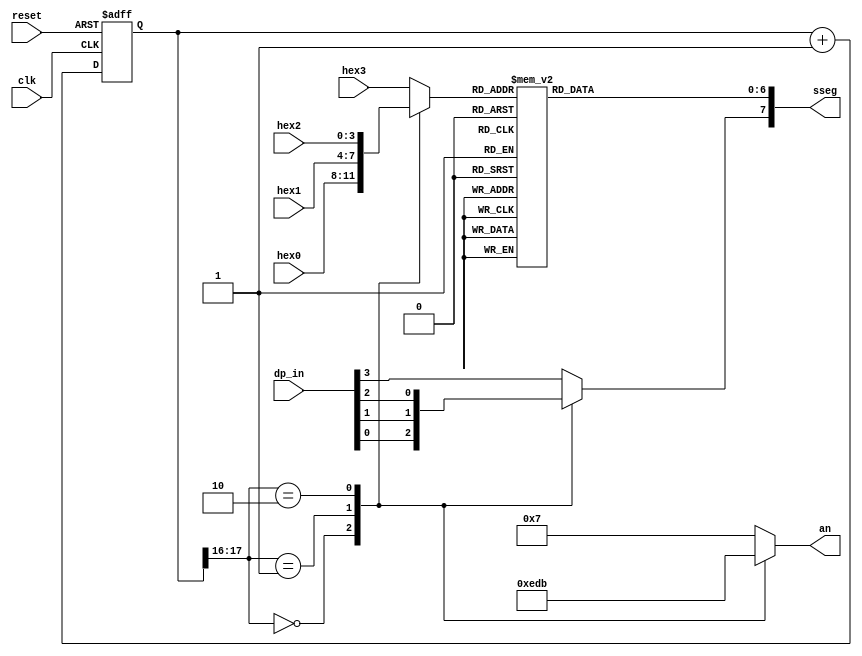
`timescale 1ns / 1ps
//////////////////////////////////////////////////////////////////////////////////
// Company: 
// Engineer: 
// 
// Design Name: 
// Module Name:    hex_disp 
// Project Name: 
// Target Devices: 
// Tool versions: 
// Description: 
//
// Dependencies: 
//
// Revision: 
// Revision 0.01 - File Created
// Additional Comments: 
//
//////////////////////////////////////////////////////////////////////////////////
module hex_disp (
    input wire clk, reset,
    input wire [3:0] hex3, hex2, hex1, hex0,  // hex digits
    input wire [3:0] dp_in,             // 4 decimal points
    output reg [3:0] an,  // enable 1-out-of-4 asserted low
    output reg [7:0] sseg // led segments
   );

   // constant declaration
   // refreshing rate around 800 Hz (50 MHz/2^16)
   localparam N = 18;
   // internal signal declaration
   reg [N-1:0] q_reg;
   wire [N-1:0] q_next;
   reg [3:0] hex_in;
   reg dp;

   // N-bit counter
   // register
   always @(posedge clk, posedge reset)
      if (reset)
         q_reg <= 0;
      else
         q_reg <= q_next;

   // next-state logic
   assign q_next = q_reg + 1;

   // 2 MSBs of counter to control 4-to-1 multiplexing
   // and to generate active-low enable signal
   always @*
      case (q_reg[N-1:N-2])
         2'b00:
            begin
               an =  4'b1110;
               hex_in = hex0;
               dp = dp_in[0];
            end
         2'b01:
            begin
               an =  4'b1101;
               hex_in = hex1;
               dp = dp_in[1];
            end
         2'b10:
            begin
               an =  4'b1011;
               hex_in = hex2;
               dp = dp_in[2];
            end
         default:
            begin
               an =  4'b0111;
               hex_in = hex3;
               dp = dp_in[3];
            end
       endcase

   // hex to seven-segment led display
   always @*
   begin
      case(hex_in)
         4'h0: sseg[6:0] = 7'b0000001;
         4'h1: sseg[6:0] = 7'b1001111;
         4'h2: sseg[6:0] = 7'b0010010;
         4'h3: sseg[6:0] = 7'b0000110;
         4'h4: sseg[6:0] = 7'b1001100;
         4'h5: sseg[6:0] = 7'b0100100;
         4'h6: sseg[6:0] = 7'b0100000;
         4'h7: sseg[6:0] = 7'b0001111;
         4'h8: sseg[6:0] = 7'b0000000;
         4'h9: sseg[6:0] = 7'b0000100;
         4'ha: sseg[6:0] = 7'b0001000;
         4'hb: sseg[6:0] = 7'b1100000;
         4'hc: sseg[6:0] = 7'b0110001;
         4'hd: sseg[6:0] = 7'b1000010;
         4'he: sseg[6:0] = 7'b0110000;
         default: sseg[6:0] = 7'b0111000;  //4'hf
     endcase
     sseg[7] = dp;
   end

endmodule